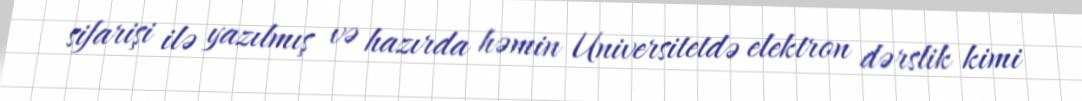
sifarişi ilə yazılmış və hazırda həmin Universitetdə elektron dərslik kimi